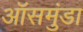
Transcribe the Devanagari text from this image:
ऑसमंुडा